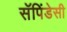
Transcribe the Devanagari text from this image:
सॅपिंडेसी